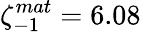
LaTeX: \zeta_{-1}^{mat}=6.08